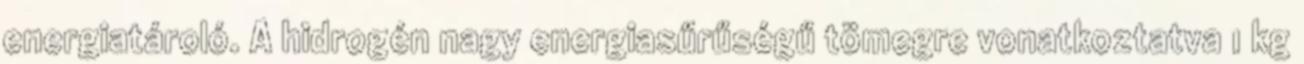
energiatároló. A hidrogén nagy energiasűrűségű tömegre vonatkoztatva 1 kg